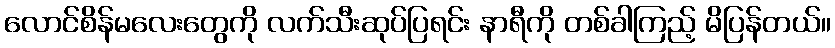
လောင်စိန်မလေးတွေကို လက်သီးဆုပ်ပြရင်း နာရီကို တစ်ခါကြည့် မိပြန်တယ်။